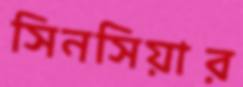
সিনসিয়ার